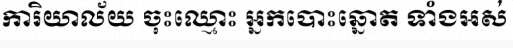
ការិយាល័យ ចុះឈ្មោះ អ្នកបោះឆ្នោត ទាំងអស់